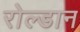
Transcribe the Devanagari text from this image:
रोल्डान